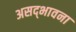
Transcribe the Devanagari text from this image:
असद्‍भावना